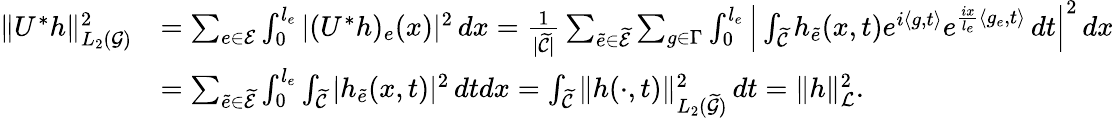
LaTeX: \begin{array}{rl}{\Vert U^{*}h\Vert_{L_{2}(\mathcal{G})}^{2}}&{=\sum_{e\in\mathcal{E}}\int_{0}^{l_{e}}\vert(U^{*}h)_{e}(x)\vert^{2}\, dx=\frac{1}{\vert\widetilde{\mathcal{C}}\vert}\sum_{\widetilde{e}\in\widetilde{\mathcal{E}}}\sum_{g\in\Gamma}\int_{0}^{l_{e}}\Big\vert\int_{\widetilde{\mathcal{C}}}h_{\widetilde{e}}(x,t)e^{i\langle g,t\rangle}e^{\frac{ix}{l_{e}}\langle g_{e},t\rangle}\, dt\Big\vert^{2}\, dx}\\ &{=\sum_{\widetilde{e}\in\widetilde{\mathcal{E}}}\int_{0}^{l_{e}}\int_{\widetilde{\mathcal{C}}}\vert h_{\widetilde{e}}(x,t)\vert^{2}\, dtdx=\int_{\widetilde{\mathcal{C}}}\Vert h(\cdot,t)\Vert_{L_{2}(\widetilde{\mathcal{G}})}^{2}\, dt=\Vert h\Vert_{\mathcal{L}}^{2}.}\end{array}